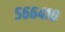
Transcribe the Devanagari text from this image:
५६६४१०